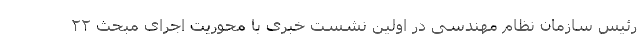
رئیس سازمان نظام مهندسی در اولین نشست خبری با محوریت اجرای مبحث ۲۲